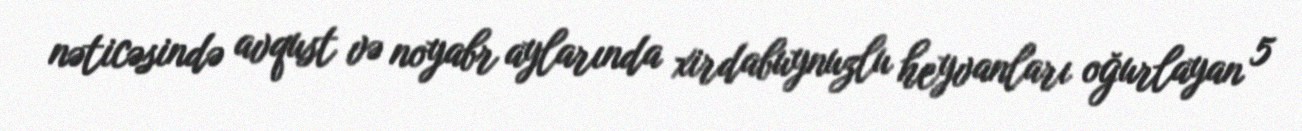
nəticəsində avqust və noyabr aylarında xirdabuynuzlu heyvanları oğurlayan 5